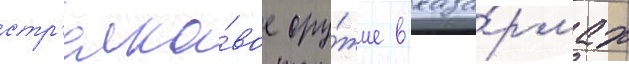
стр'елко́вое ору́жие в каза́рмах